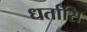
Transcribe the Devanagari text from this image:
धर्तासि